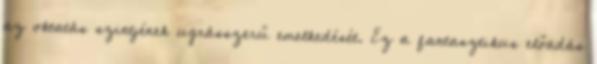
az oktatás szintjének ugrásszerű emelkedését. Ez a fantasztikus előadás